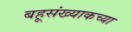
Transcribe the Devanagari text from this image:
बहूसंख्याकच्या